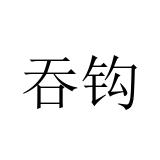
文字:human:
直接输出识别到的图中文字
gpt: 吞钩